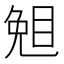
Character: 𥇅